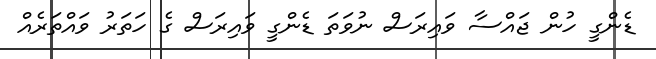
ޑެންގީ ހުން ޖައްސާ ވައިރަސް ނުވަތަ ޑެންގީ ވައިރަސް ގެ ހަތަރު ވައްތަރެއް